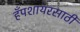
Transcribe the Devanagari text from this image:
हँपशायरसाठी